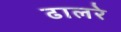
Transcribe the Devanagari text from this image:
ढालरे